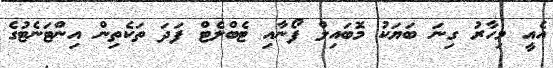
އެއީ މިހާރު ގިނަ ބަޔަކު މޮބައިލް ފޯނާއި ޓެބްލެޓް ފަދަ ތަކެތިން އިންޓަނެޓުގެ